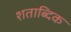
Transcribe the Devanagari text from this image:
शताब्दिक